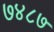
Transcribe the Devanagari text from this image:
७४८७